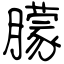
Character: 朦